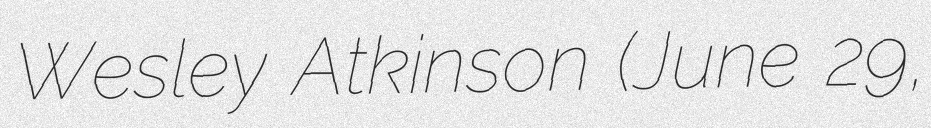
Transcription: Wesley Atkinson (June 29,